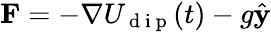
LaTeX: \mathbf{F}=-\nabla U_{\mathrm{~d~i~p~}}(t)-g\hat{\mathbf{y}}